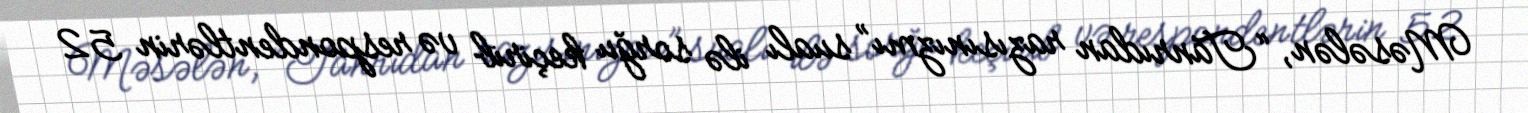
Məsələn, “Tanrıdan razısınızmı” sualı ilə sorğu keçirib və respondentlərin 52